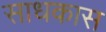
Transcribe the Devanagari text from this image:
साधकास